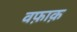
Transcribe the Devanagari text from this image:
वफ़ाक़